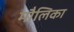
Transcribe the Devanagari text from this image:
मौलिका